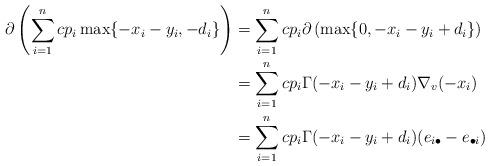
LaTeX: \begin{align*}\partial \left(\sum_{i=1}^n cp_i\max\{-x_i-y_i,-d_i\}\right) &= \sum_{i=1}^n cp_i \partial \left(\max\{0,-x_i-y_i+d_i\}\right) \\&= \sum_{i=1}^n cp_i \Gamma(-x_i-y_i+d_i)\nabla_v(-x_i) \\&= \sum_{i=1}^n cp_i \Gamma(-x_i-y_i+d_i)(e_{i\bullet} - e_{\bullet i})\end{align*}